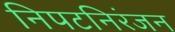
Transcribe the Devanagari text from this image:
निपटनिरंजन